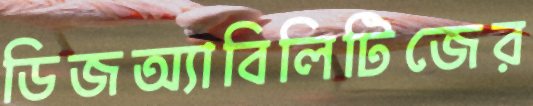
ডিজঅ্যাবিলিটিজের